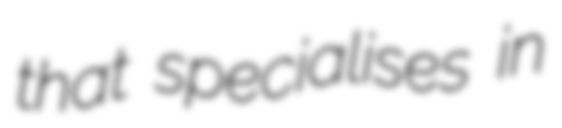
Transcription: that specialises in